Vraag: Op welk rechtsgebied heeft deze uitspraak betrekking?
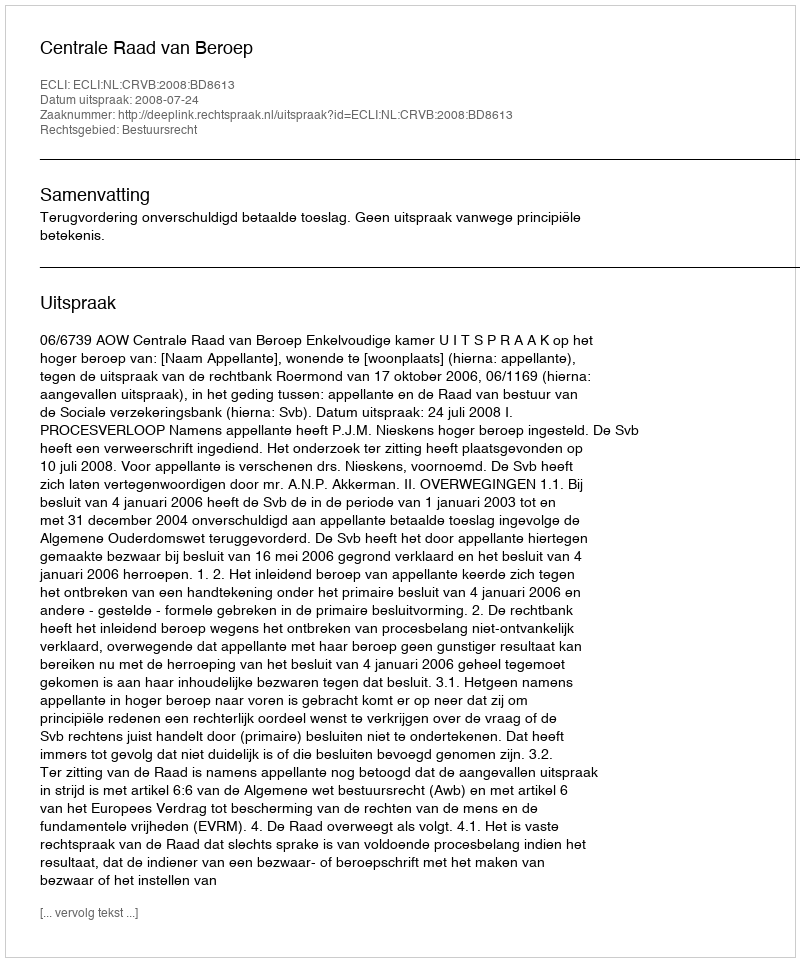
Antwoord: Bestuursrecht